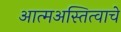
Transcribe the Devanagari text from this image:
आत्मअस्तित्वाचे